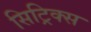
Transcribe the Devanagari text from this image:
सिट्रिक्स